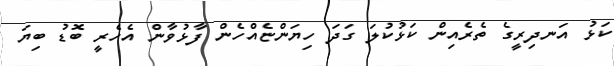
ކަޅު އަނދިރީގެ ތެރެއިން ކަޅުކުލަ ގަދަ ހިޔަންޏެއްހެން ފާޅުވާން އެހެރީ ބޮޑު ބިޔަ